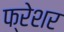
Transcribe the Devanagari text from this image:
फ्रेशर